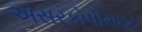
અસરકોપીરાઇટ